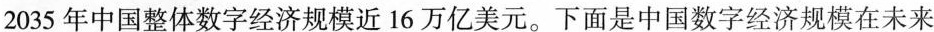
2035年中国整体数字经济规模近16万亿美元。下面是中国数字经济规模在未来